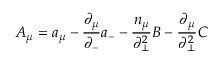
A _ { \mu } = a _ { \mu } - \frac { { \partial } _ { \mu } } { { \partial } _ { - } } a _ { - } - \frac { n _ { \mu } } { { \partial } _ { \bot } ^ { 2 } } B - \frac { { \partial } _ { \mu } } { { \partial } _ { \bot } ^ { 2 } } C